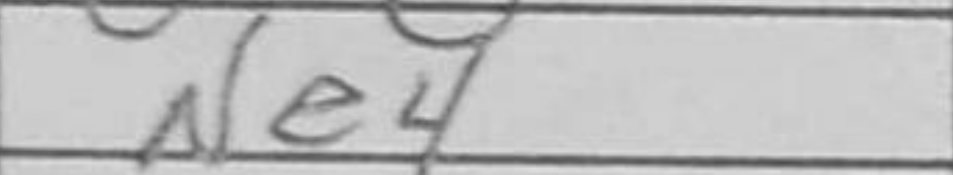
Transcription: Ne4